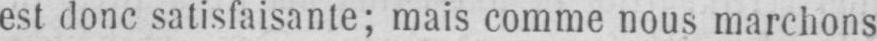
es! donc satisfaisante; mais comme nous marchons